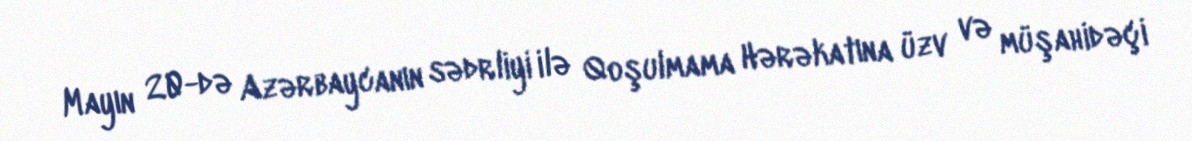
Mayın 20-də Azərbaycanın sədrliyi ilə Qoşulmama Hərəkatına üzv və müşahidəçi